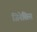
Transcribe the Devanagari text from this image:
जिनेसिस